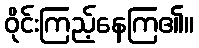
ဝိုင်းကြည့်နေကြ၏။